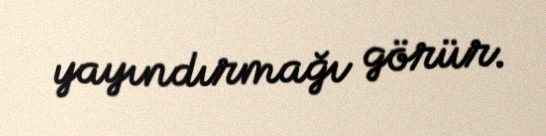
yayındırmağı görür.